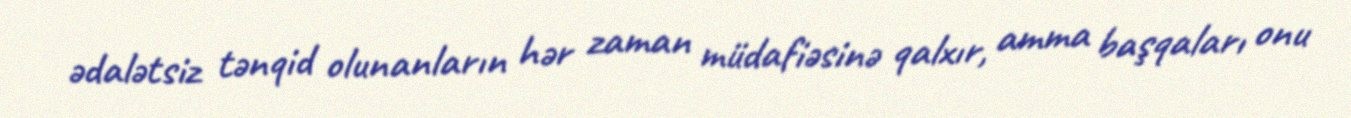
ədalətsiz tənqid olunanların hər zaman müdafiəsinə qalxır, amma başqaları onu